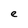
Character: e